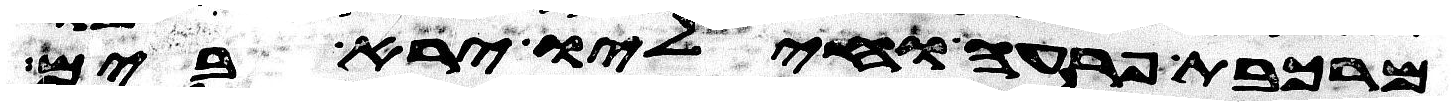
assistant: מרכבת פרעה וחיליו ירא בים